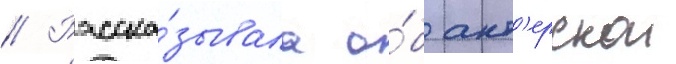
// Расска́зывала о́б акт'ерскои